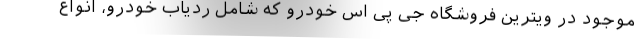
موجود در ویترین فروشگاه جی پی اس خودرو که شامل ردیاب خودرو، انواع